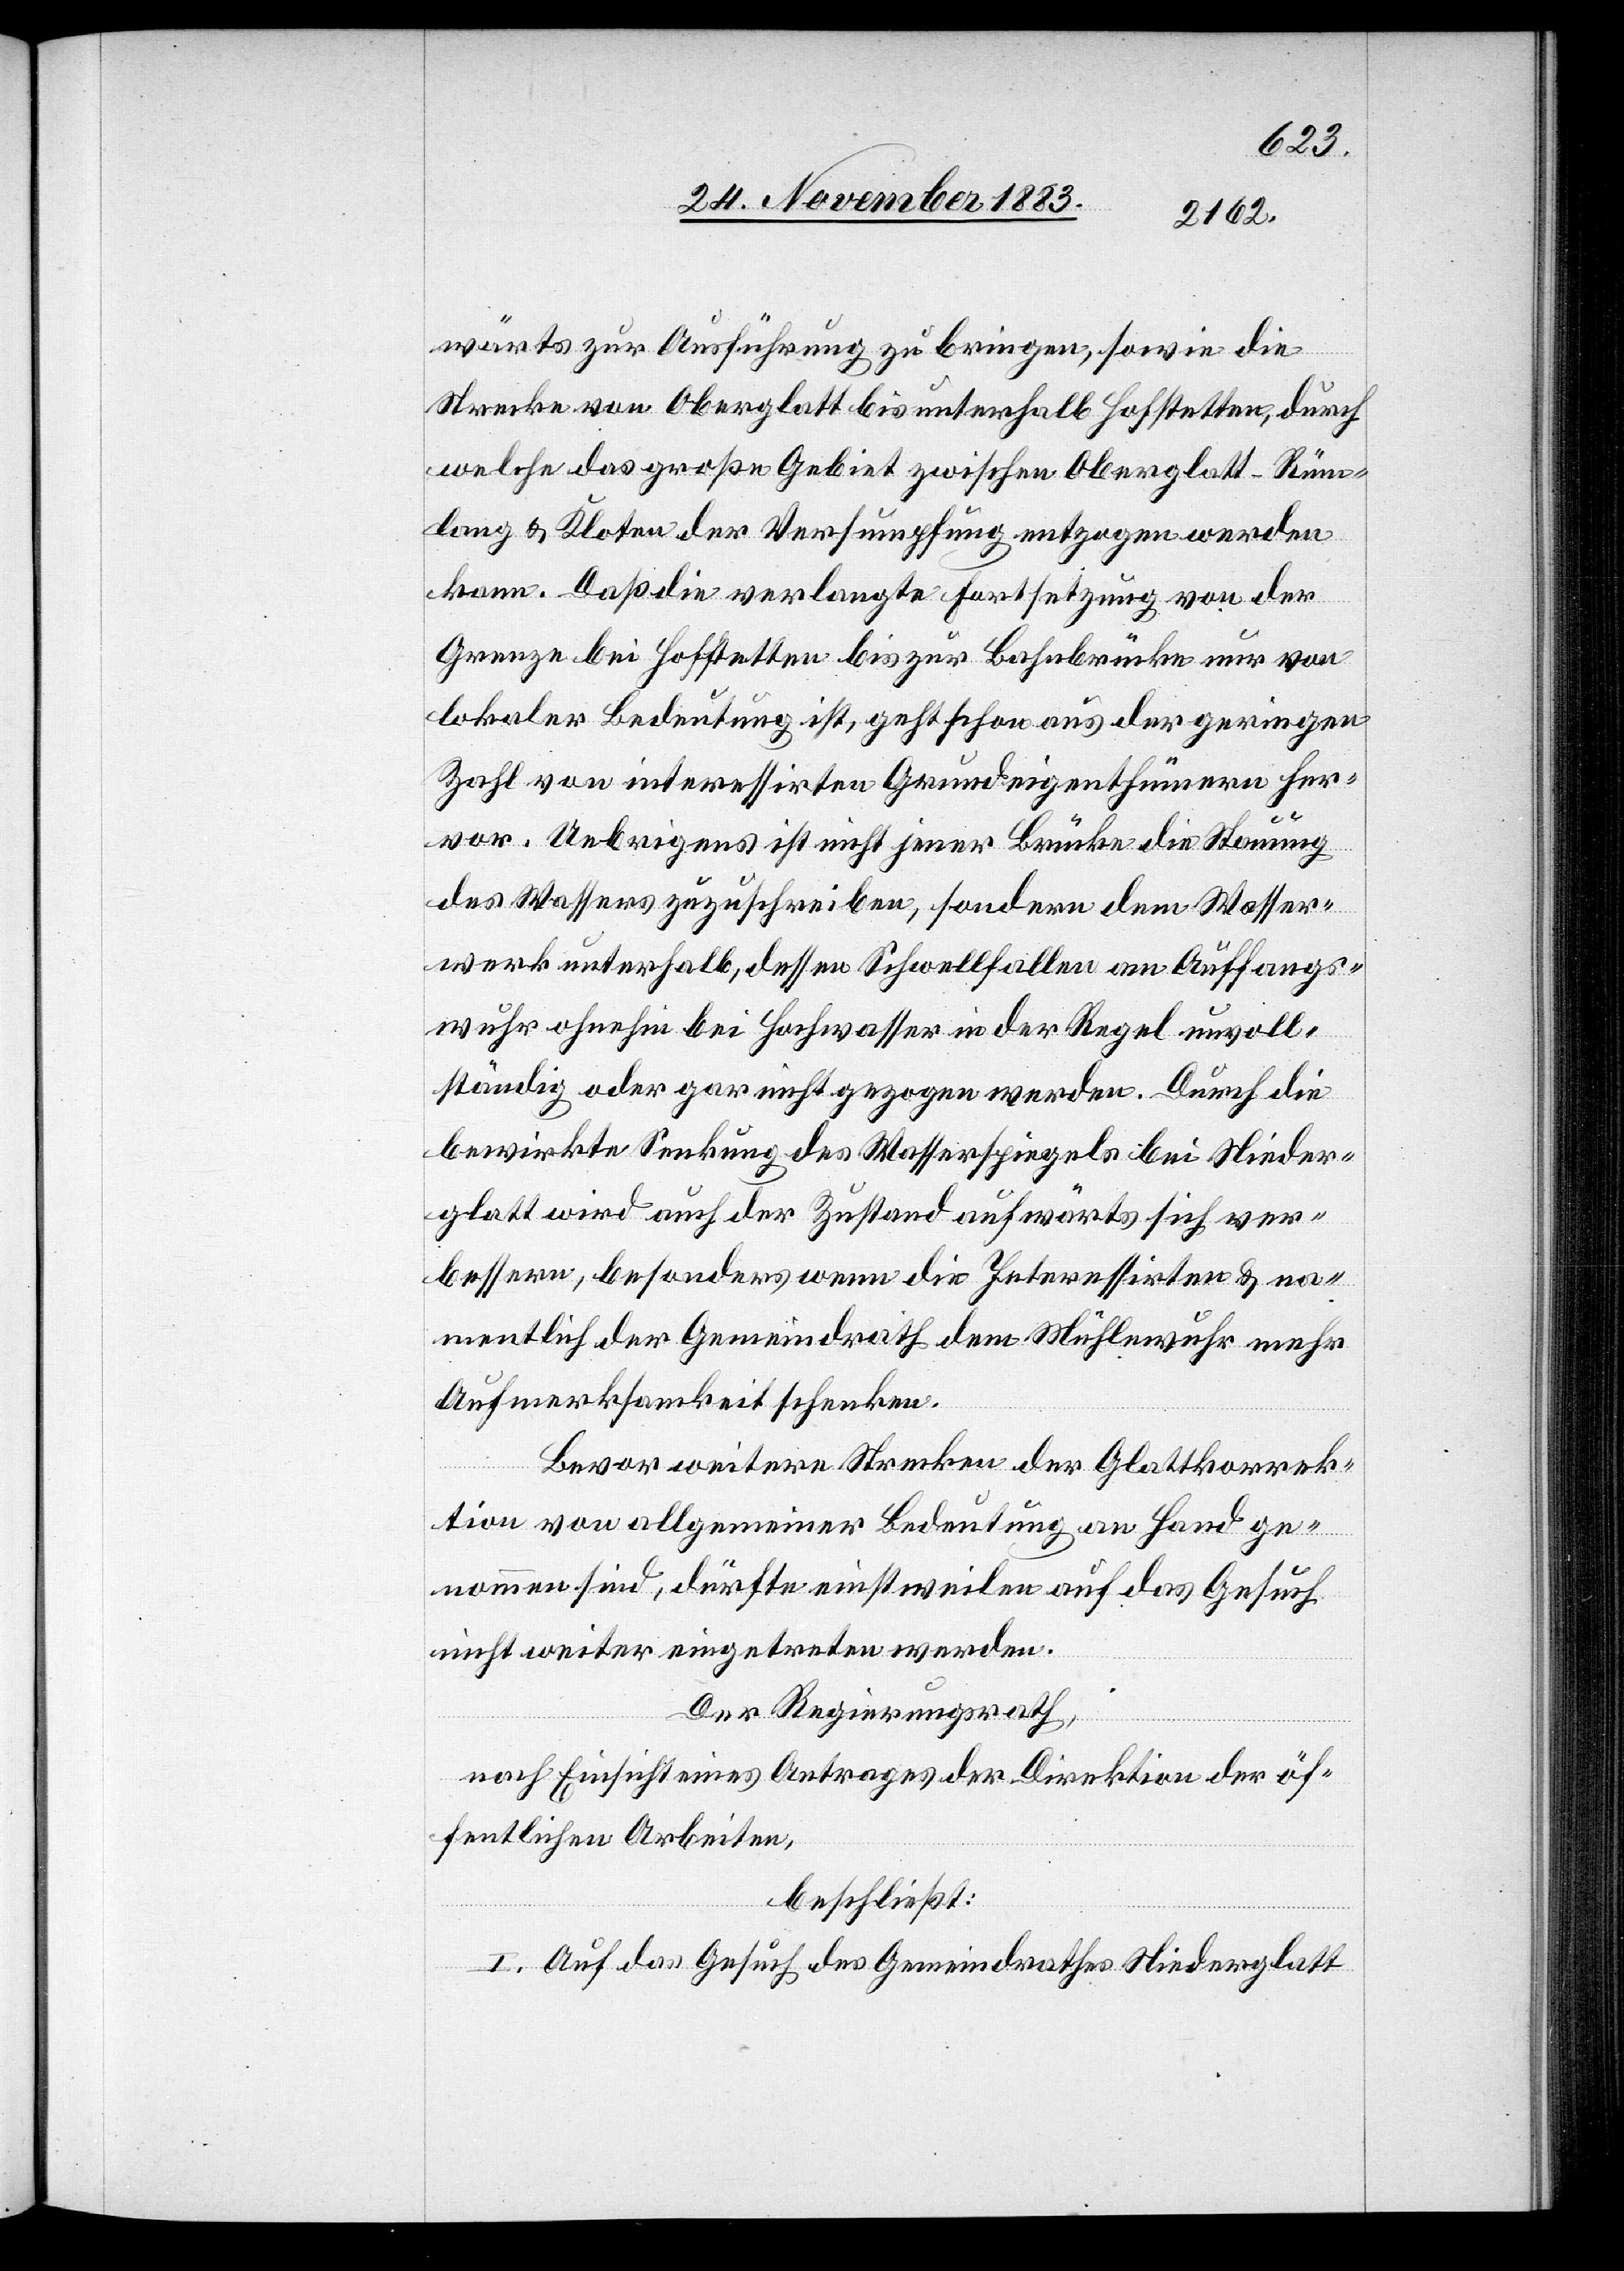
wärts zur Ausführung zu bringen, sowie die
Strecke von Oberglatt bis unterhalb Hofstetten, durch
welche das große Gebiet zwischen Oberglatt-Rüm¬
lang & Kloten der Versumpfung entzogen werden
kann. Daß die verlangte Fortsetzung von der
Grenze bei Hofstetten bis zur Bahnbrücke nur von
lokaler Bedeutung ist, geht schon aus der geringen
Zahl von interessirten Grundeigenthümern her¬
vor. Uebrigens ist nicht jener Brücke die Stauung
des Wassers zuzuschreiben, sondern dem Wasser¬
werk unterhalb, dessen Schwellfallen am Auffangs¬
wuhr ohnehin bei Hochwasser in der Regel unvoll¬
ständig oder gar nicht gezogen werden. Durch die
bewirkte Senkung des Wasserspiegels bei Nieder¬
glatt wird auch der Zustand aufwärts sich ver¬
bessern, besonders wenn die Interessirten & na¬
mentlich der Gemeindrath dem Mühlewuhr mehr
Aufmerksamkeit schenken.
Bevor weitere Strecken der Glattkorrek¬
tion von allgemeiner Bedeutung an Hand ge¬
nommen sind, dürfte einstweilen auf das Gesuch
nicht weiter eingetreten werden.
Der Regierungsrath,
nach Einsicht eines Antrages der Direktion der öf¬
fentlichen Arbeiten,
beschließt:
I. Auf das Gesuch des Gemeindrathes Niederglatt